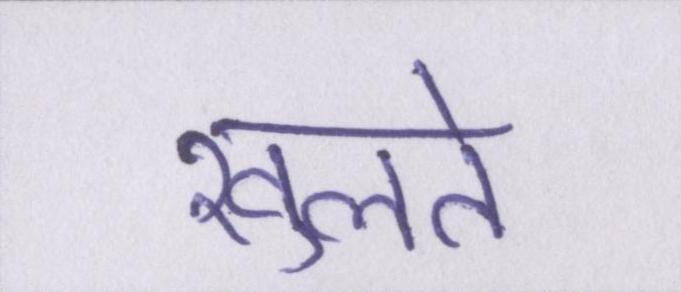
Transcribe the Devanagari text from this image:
खुलते